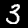
Label: 3